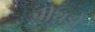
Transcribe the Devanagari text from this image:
चीथड़ों